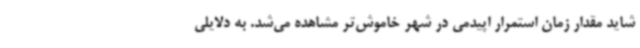
شاید مقدار زمان استمرار اپیدمی در شهر خاموش‌تر مشاهده می‌شد. به دلایلی